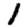
Digit: 1